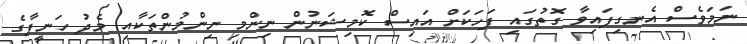
ނަމަވެސް އެނގިފައިވާ ގޮތުގައި ފަހަކަށް އައިސް ކޮމިޝަނުން ނިންމި ނިންމުންތަކާއި މެދު ހަނީފާގެ